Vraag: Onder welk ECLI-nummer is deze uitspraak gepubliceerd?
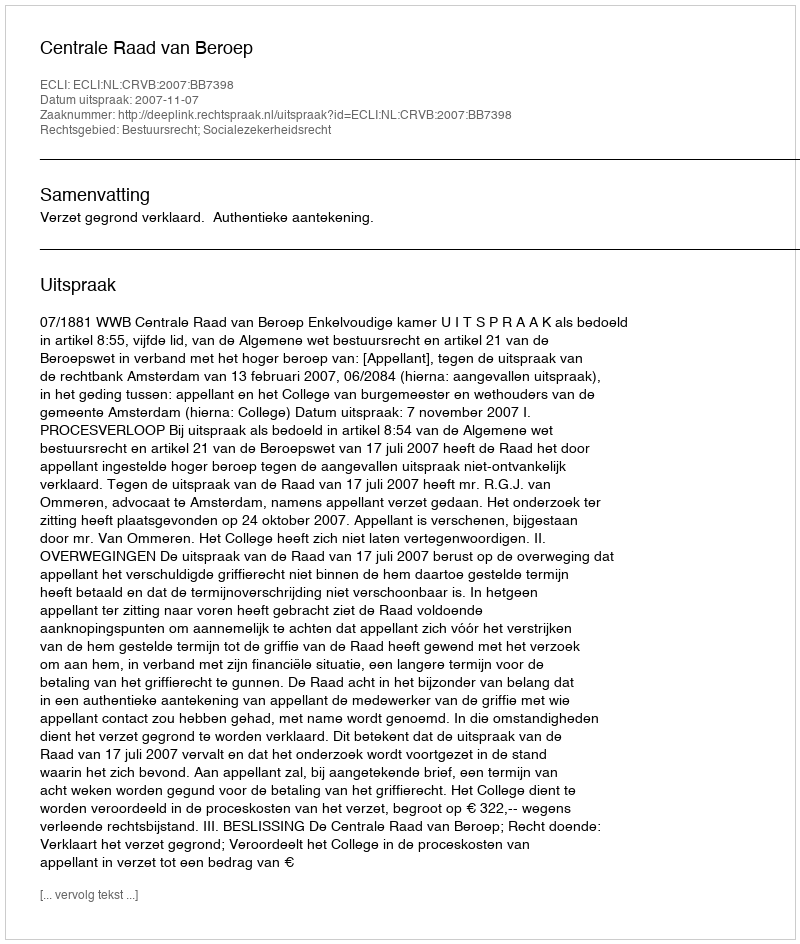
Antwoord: ECLI:NL:CRVB:2007:BB7398